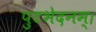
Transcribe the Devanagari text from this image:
पुटभेदनम्।